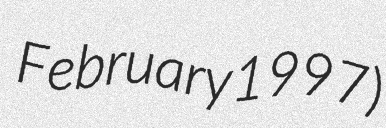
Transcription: February 1997)